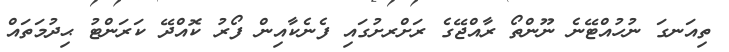
ތިއަނގަ ނުހުއްޓޭނެ ނޫންތޯ ރާއްޖޭގެ ރަށްރށުގައި ފެނެކާއިން ފޯރު ކޮއްދޭ ކަރަންޓު ޙިދުމަތައް